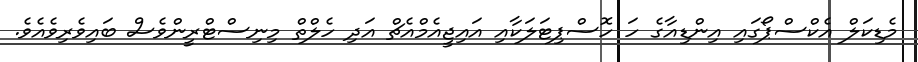
މެޑިކަލް އެކްސްޕޯގައި އިންޑިއާގެ ހަ ހޮސްޕިޓަލަކާއި އައިޖީއެމްއެޗް އަދި ހެލްތް މިނިސްޓްރީންވެސް ބައިވެރިވެއެވެ.